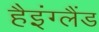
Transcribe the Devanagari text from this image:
हैइंग्लैंड